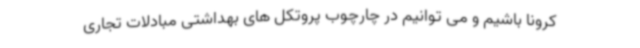
کرونا باشیم و می توانیم در چارچوب پروتکل های بهداشتی مبادلات تجاری